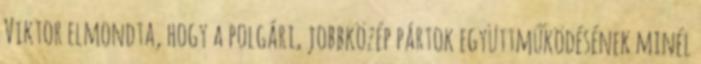
Viktor elmondta, hogy a polgári, jobbközép pártok együttműködésének minél